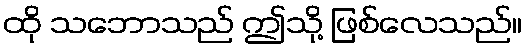
ထို သဘောသည် ဤသို့ ဖြစ်လေသည်။